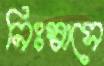
নিঃস্বাসে